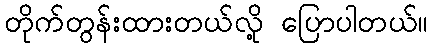
တိုက်တွန်းထားတယ်လို့ ပြောပါတယ်။